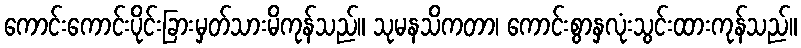
ကောင်းကောင်းပိုင်းခြားမှတ်သားမိကုန်သည်။ သုမနသိကတာ၊ ကောင်းစွာနှလုံးသွင်းထားကုန်သည်။